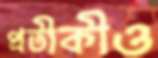
প্রতীকীও